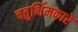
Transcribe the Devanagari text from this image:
चतुर्भिमकारे